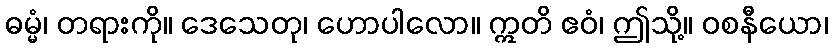
ဓမ္မံ၊ တရားကို။ ဒေသေတု၊ ဟောပါလော။ ဣတိ ဧဝံ၊ ဤသို့။ ဝစနီယော၊